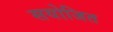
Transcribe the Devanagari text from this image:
सयोजित